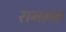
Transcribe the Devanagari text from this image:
रामग़ढ